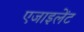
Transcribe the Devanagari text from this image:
एजाइलेंट